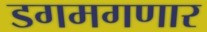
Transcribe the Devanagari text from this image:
डगमगणार